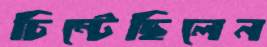
চিম্‌টেছিলেন